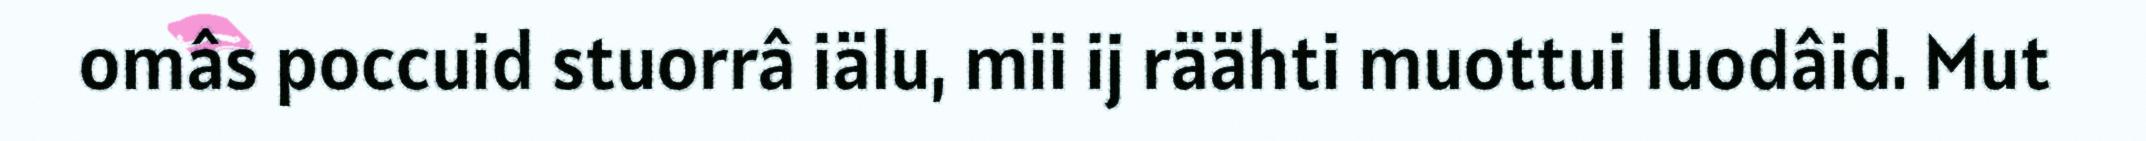
omâs poccuid stuorrâ iälu, mii ij räähti muottui luodâid. Mut